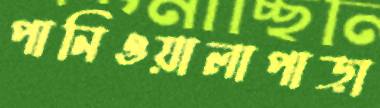
পানিওয়ালাপাড়া